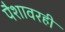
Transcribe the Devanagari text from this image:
पैशावरही